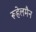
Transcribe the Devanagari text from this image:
रूहेलमैन